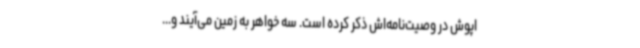
اپوش در وصیت‌نامه‌اش ذکر کرده است. سه خواهر به زمین می‌آیند و...